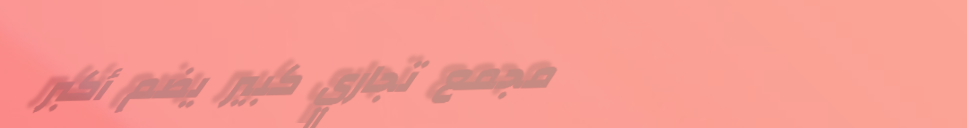
مجمع تجاري كبير يضم أكبر